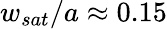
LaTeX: w_{sat}/a\approx 0.15